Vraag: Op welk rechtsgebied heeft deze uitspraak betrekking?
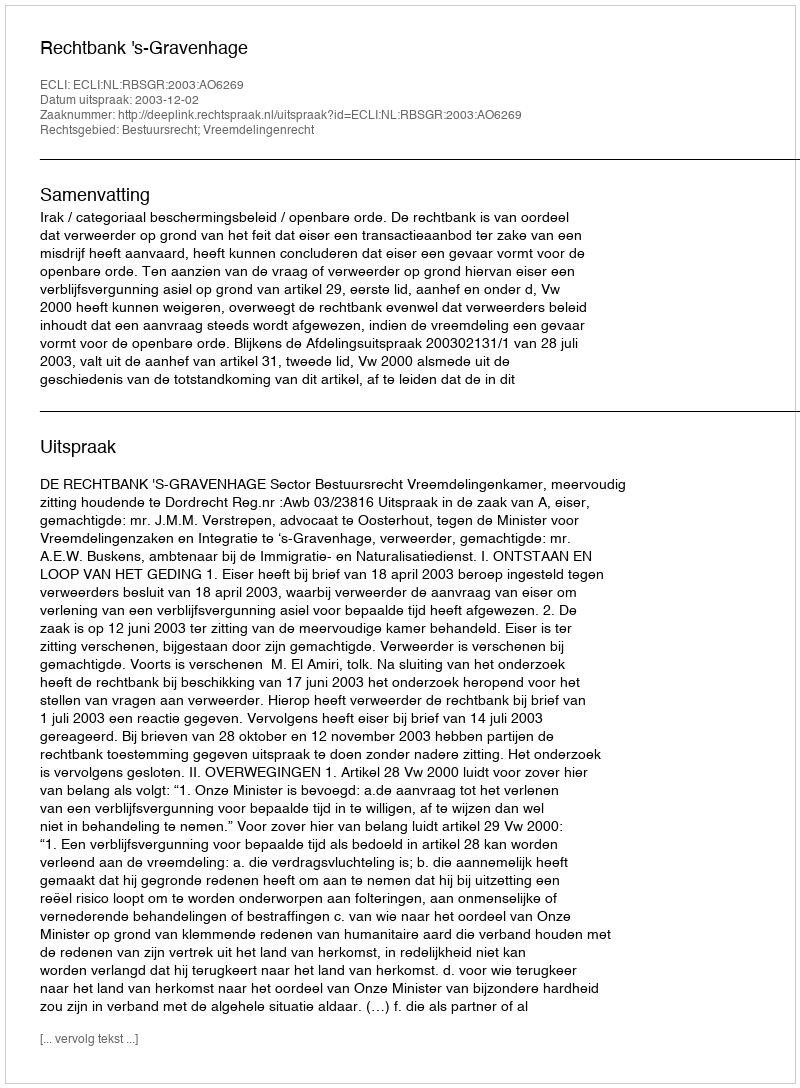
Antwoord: Bestuursrecht; Vreemdelingenrecht